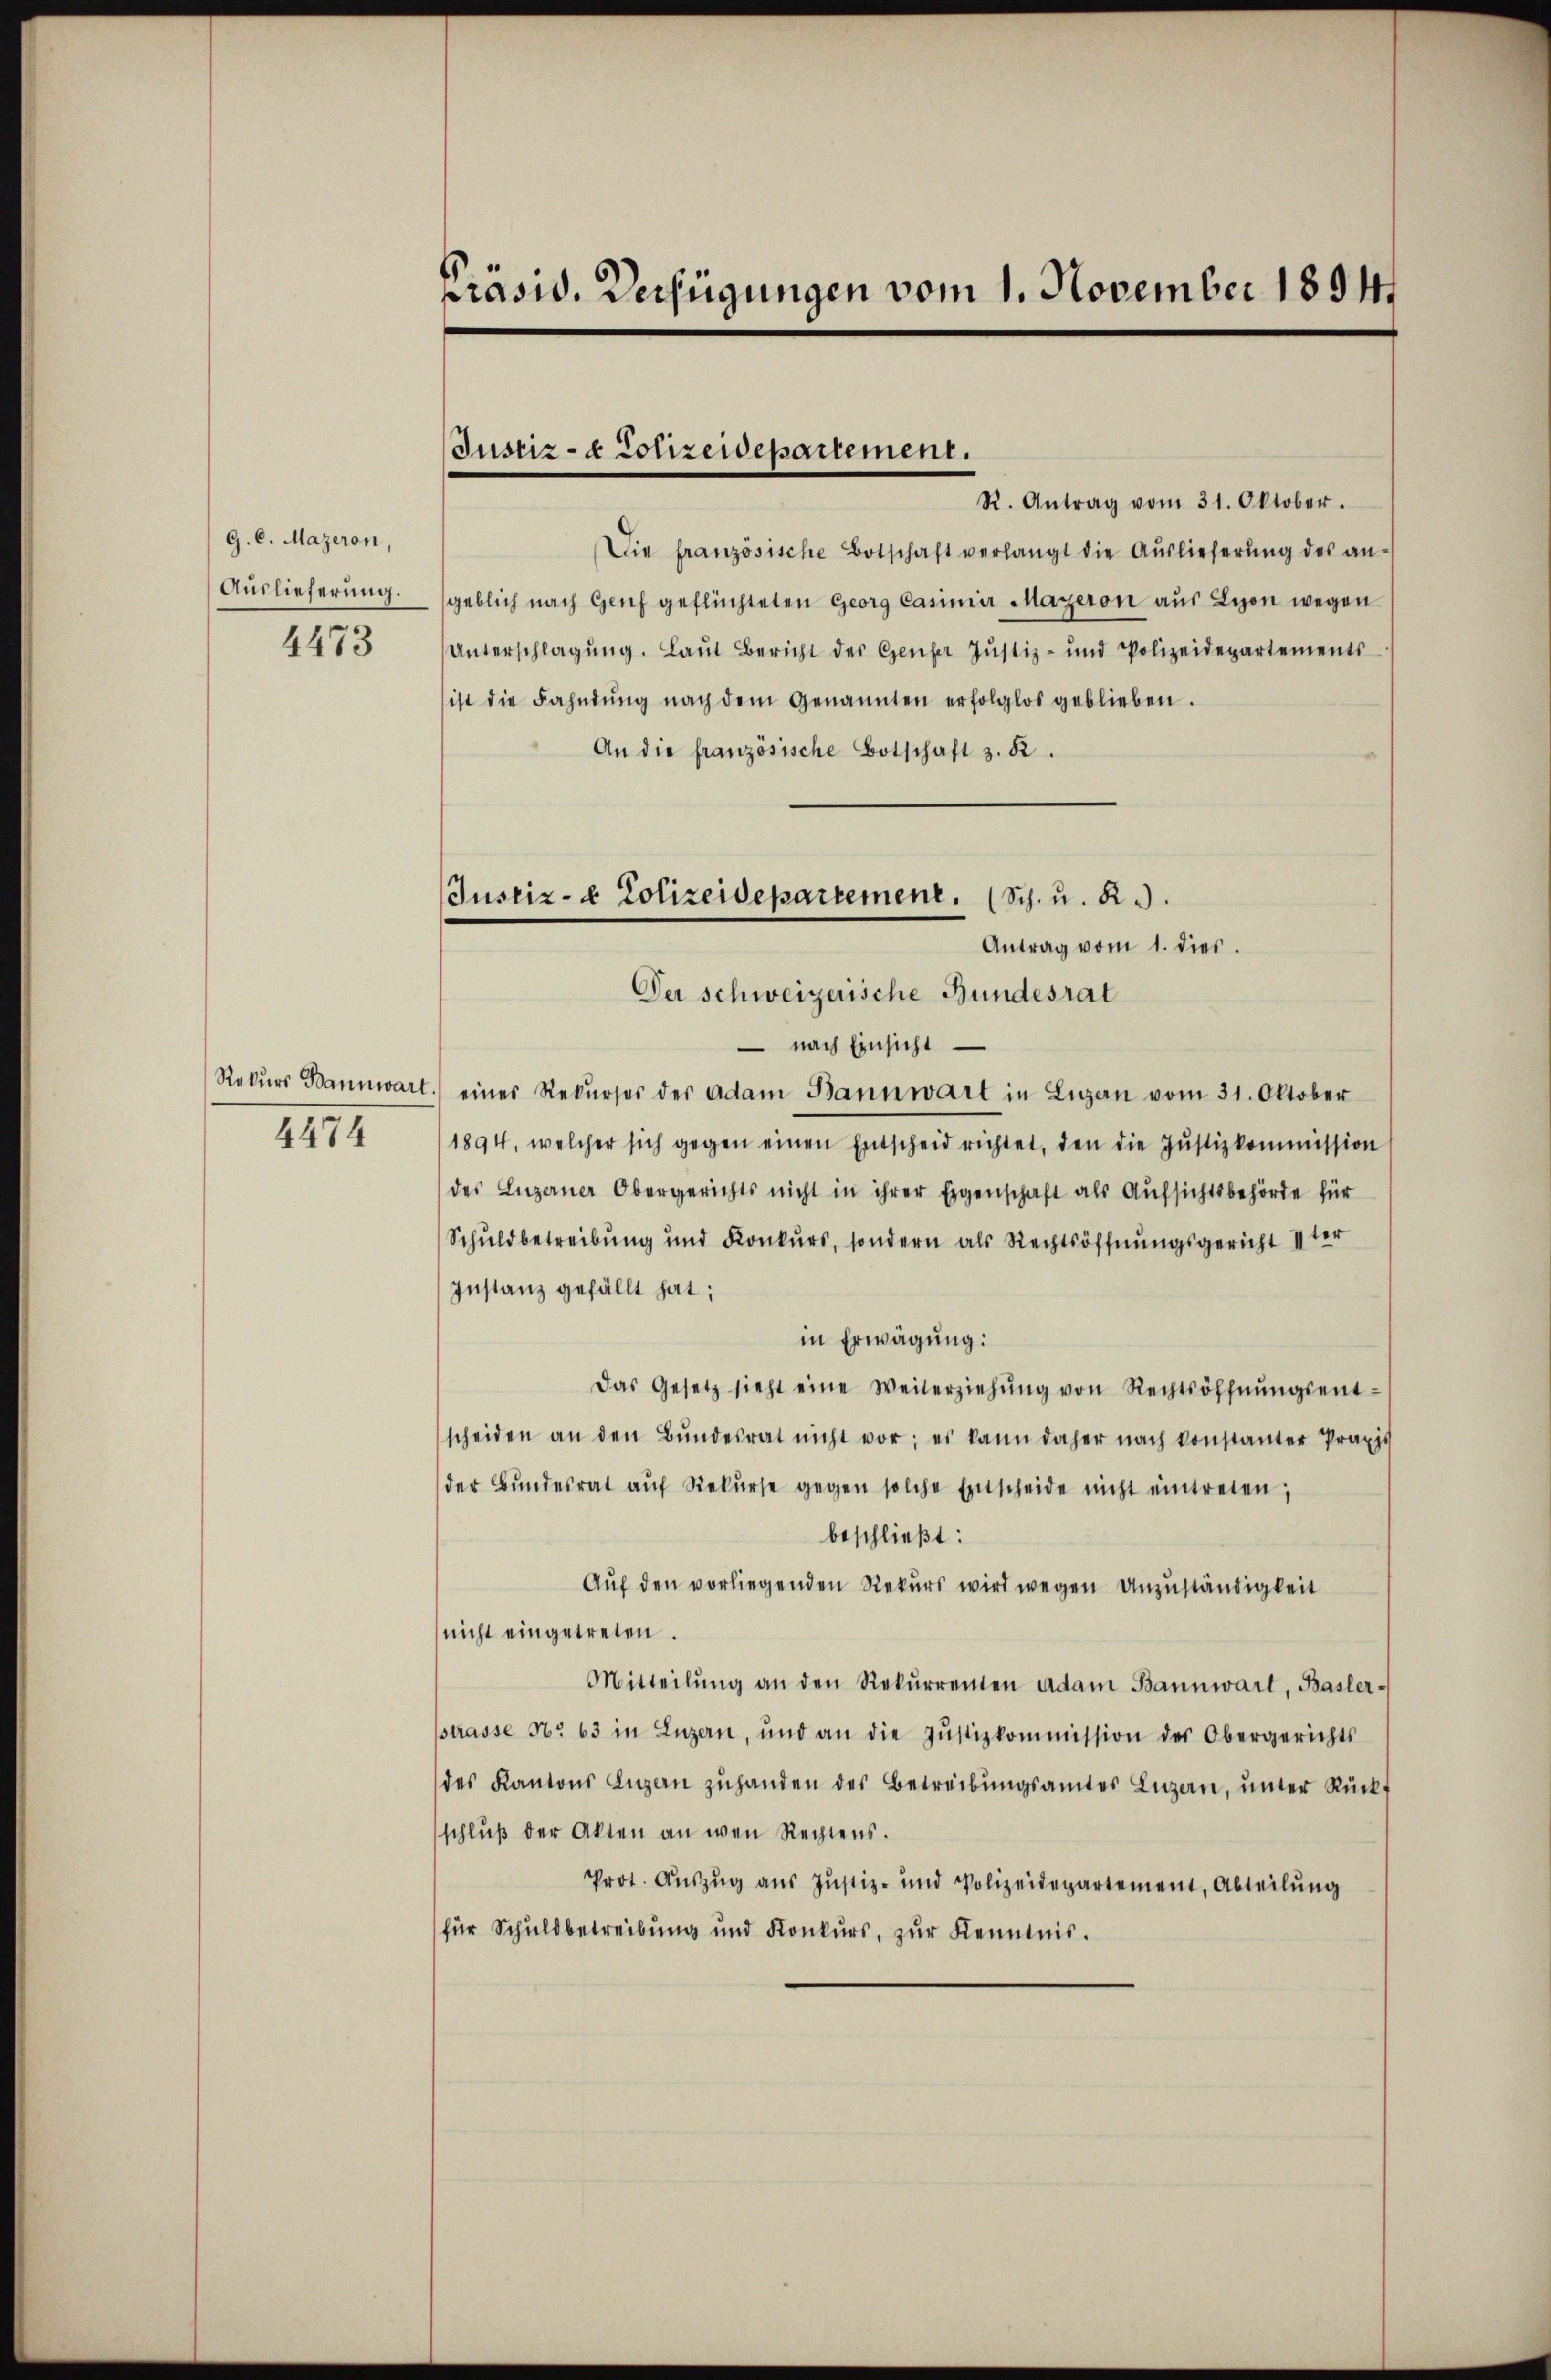
G. C. Mazeron,
Auslieferung.
4473

Rekurs Bannwart
4474

Präsid. Verfügungen vom 1. November 18941

Justiz- & Polizeidepartement.

R. Antrag vom 31. Oktober.
Die französische Botschaft verlangt die Aŭslieferŭng des an-
geblich nach Genf geflüchteten Georg Casimir Mageron aus Lyon wegen
Unterschlagŭng. Laŭt Bericht des Genfer Justiz- und Polizeidepartements
ist die Fahndŭng nach dem Genannten erfolglos geblieben.
An die französische Botschaft 3. K.
Der schweizerische Bundesrat
 nach Einsicht
) eines Rekŭrses der Adam Bannwart in Luzern vom 31. Oktober
1894, welcher sich gegen einen Entscheid richtet, den die Justizkommission
des Luzerner Obergerichts nicht in ihrer Eigenschaft als Aufsichtsbehörde für
Schuldbetreibung und Konkurs, sondern als Rechtsöffnŭngsgericht 1ter
Instanz gefällt hat;
in Erwägung:
Das Gesetz sieht eine Weiterziehŭng von Rechtsöffnŭngsent-
scheiden an den Bŭndesrat nicht vor; es kann daher nach konstanter Praxis
der Bŭndesrat aŭf Rekŭrse gegen solche Entscheide nicht eintreten;
beschließt:
Auf den vorliegenden Rekurs wird wegen Anzuständigkeit
nicht eingetreten.
Mitteilŭng an den Rekŭrrenten Adam Bannwart, Basler-
sstrasse No 63 in Luzern, und an die Jŭstizkommission des Obergerichts
des Kantons Luzern zŭhanden des Betreibŭngsamtes Luzern, ŭnter Rückf
schlŭβ der Akten an wen Rechtens.
Prot. Auszug aus Justiz- und Polizeidepartement, Abteilŭng
für Schuldbetreibung und Konkurs, zur Kenntnis.

Justiz- & Polizeidepartement. (Sch. u. R.
Antrag vom 1. dies